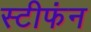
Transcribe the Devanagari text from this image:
स्टीफंन